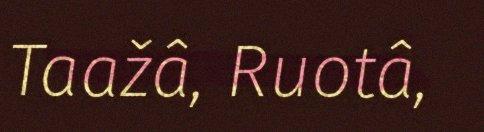
Taažâ, Ruotâ,